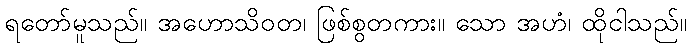
ရတော်မူသည်။ အဟောသိဝတ၊ ဖြစ်စွတကား။ သော အဟံ၊ ထိုငါသည်။